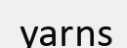
yarns